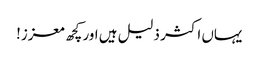
یہاں اکثر ذلیل ہیں اور کچھ معزز!